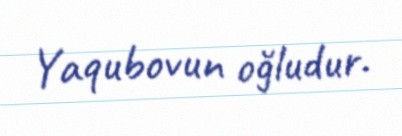
Yaqubovun oğludur.